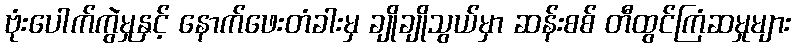
ဗုံးပေါက်ကွဲမှုနှင့် နောက်ဖေးတံခါးမှ ချိုချိုသွယ်မှာ ဆန်းစစ် တီထွင်ကြံဆမှုများ